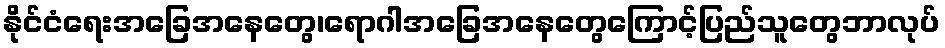
နိုင်ငံရေးအခြေအနေတွေ၊ရောဂါအခြေအနေတွေကြောင့်ပြည်သူတွေဘာလုပ်